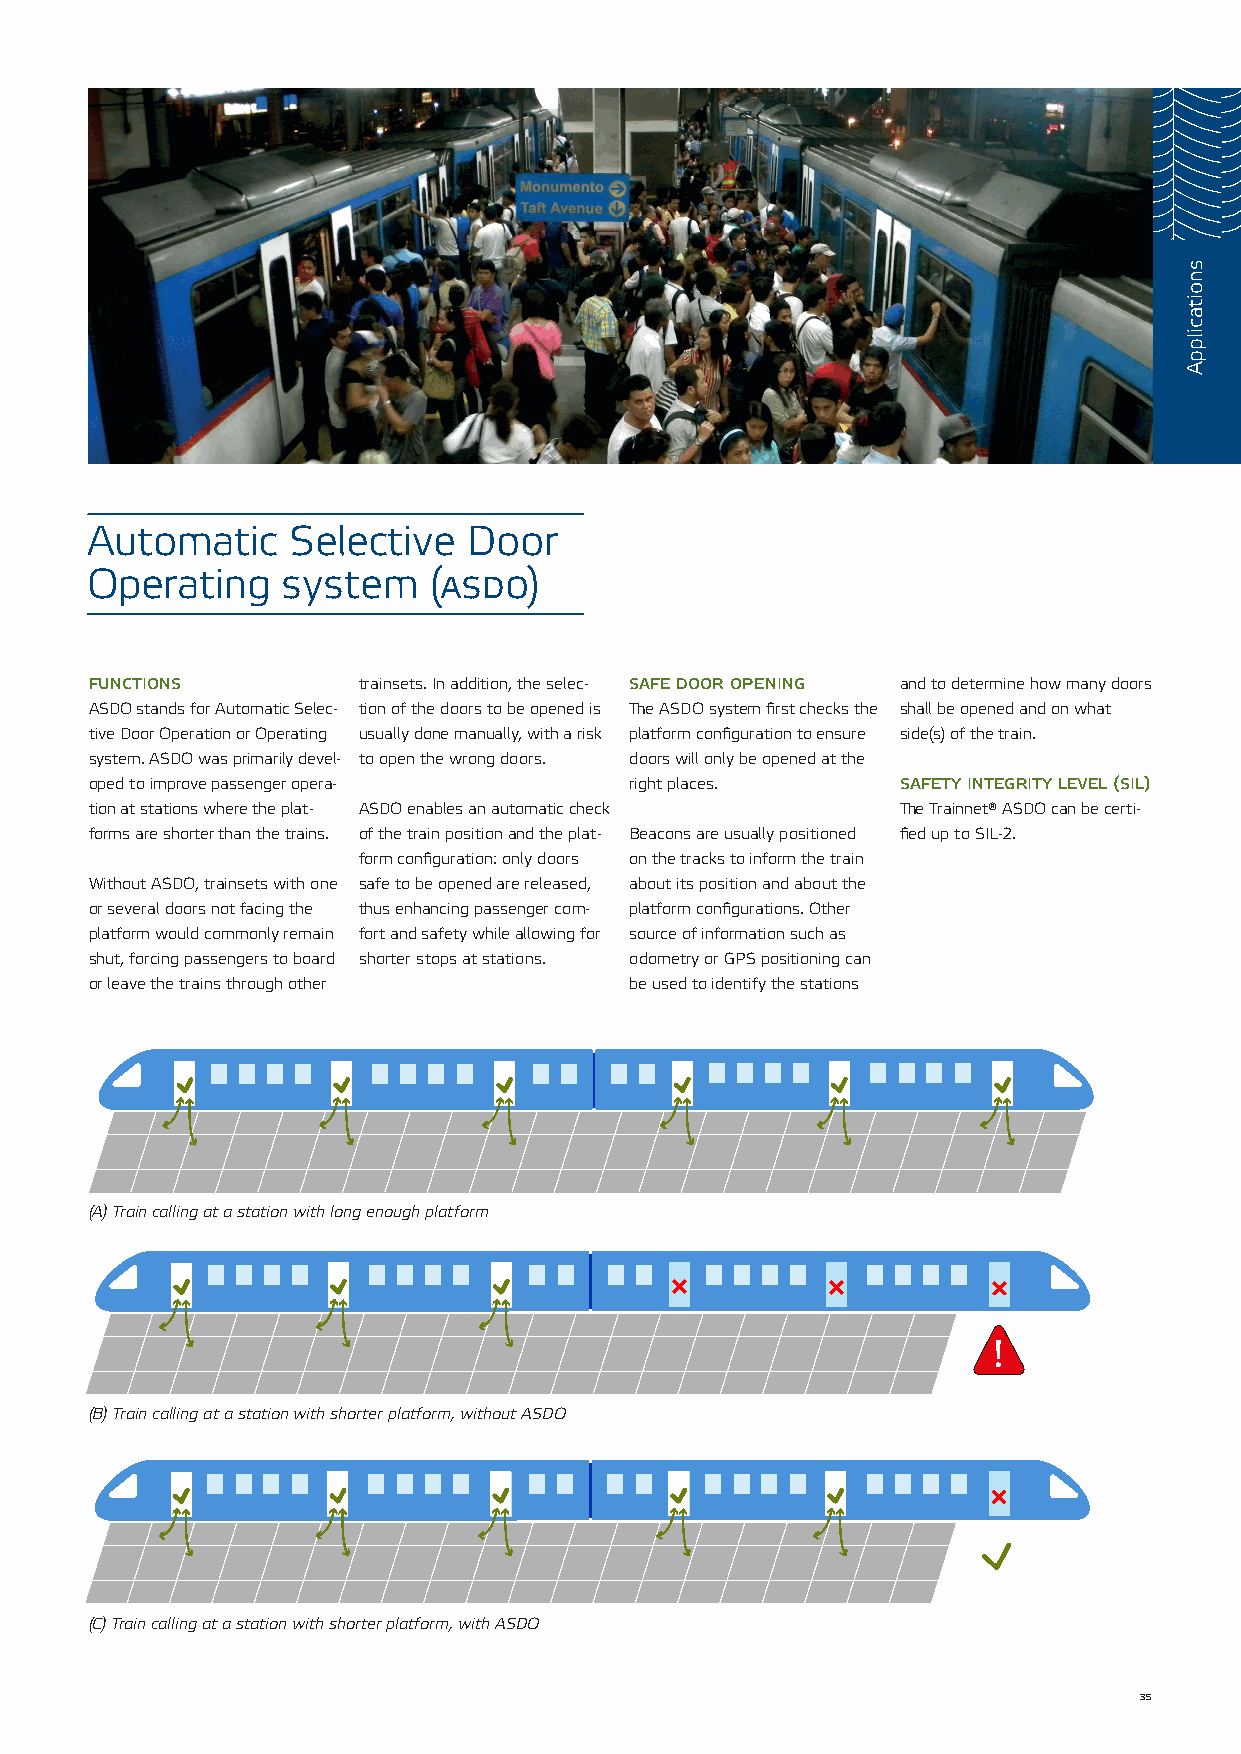
Automatic    Selective   Door
 Operating    system   (asdo)
 functions         trainsets. In addition, the selec- safe door opening and to determine how many doors
 ASDO stands for Automatic Selec- tion of the doors to be opened is The ASDO system first checks the shall be opened and on what
 tive Door Operation or Operating usually done manually, with a risk platform configuration to ensure side(s) of the! train.
 system. ASDO was primarily devel- to open the wrong doors. doors will only be opened at the
 oped to improve passenger opera-    right places.     safety integrity level (sil)
 tion at stations where the plat- ASDO enables an automatic check The Trainnet® ASDO can be certi-
 forms are shorter than the trains. of the train position and the plat- Beacons are usually positioned fied up to SIL-2.
 form configuration: only doors on the tracks to inform the train
 Without ASDO, trainsets with one safe to be opened are released, about its position and about the
 or several doors not facing the thus enhancing passenger com- platform configurations. Other
 platform would commonly remain fort and safety while allowing for source of information such as
 shut, forcing passengers to board shorter stops at stations. odometry or GPS positioning can
 or leave the trains through other   be used to identify the stations
 (A) Train calling at a station with long enough platform
 !
 !
 (B) Train calling at a station with shorter platform, without ASDO
 (C) Train calling at a station with shorter platform, with ASDO
 35
 snoitacilppA